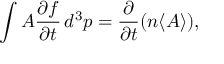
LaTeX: \int A { \frac { \partial f } { \partial t } } \, d ^ { 3 } p = { \frac { \partial } { \partial t } } ( n \langle A \rangle ) ,